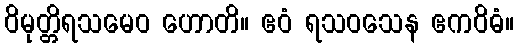
ဝိမုတ္တိရသမေဝ ဟောတိ။ ဧဝံ ရသဝသေန ဧကဝိဓံ။